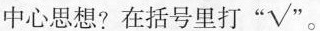
中心思想?在括号里打”√”。